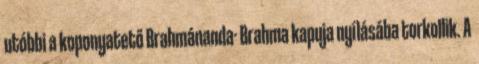
utóbbi a koponyatető Brahmánanda- Brahma kapuja nyílásába torkollik. A